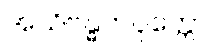
အသိဗန္ဓကပုတ္တော